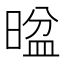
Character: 𱢖